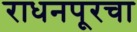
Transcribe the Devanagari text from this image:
राधनपूरचा